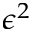
\epsilon ^ { 2 }